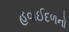
હવાઈદળનો